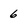
Character: 6